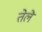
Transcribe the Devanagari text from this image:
तेलें